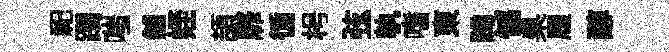
祀躅嗤舖姪頡靡循枵弦執嗜東蹄憾臬履醇